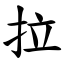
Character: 拉